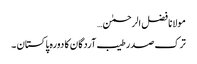
مولانا فضل الرحمٰن…
ترک صدر طیب آردگان کا دورہ پاکستان ۔